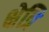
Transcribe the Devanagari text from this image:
क्षेत्रि